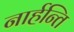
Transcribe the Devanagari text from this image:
नार्हन्ति